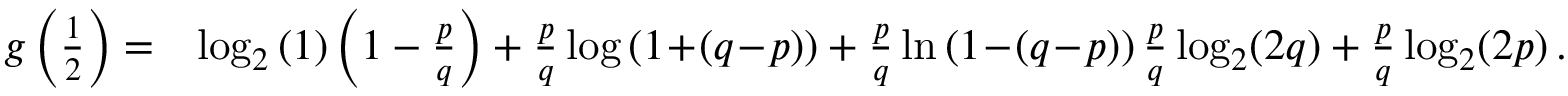
\begin{array} { r l } { g \left( \frac { 1 } { 2 } \right) = } & { \log _ { 2 } \left( 1 \right) \left( 1 - \frac { p } { q } \right) + \frac { p } { q } \log \left( 1 \! + \! ( q \! - \! p ) \right) + \frac { p } { q } \ln \left( 1 \! - \! ( q \! - \! p ) \right) \frac { p } { q } \log _ { 2 } ( 2 q ) + \frac { p } { q } \log _ { 2 } ( 2 p ) \, . } \end{array}